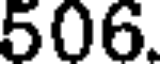
506.